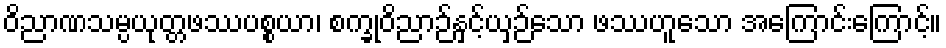
ဝိညာဏသမ္ပယုတ္တဖဿပစ္စယာ၊ စက္ခုဝိညာဉ်နှင့်ယှဉ်သော ဖဿဟူသော အကြောင်းကြောင့်။